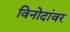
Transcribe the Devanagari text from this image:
विनोदांवर